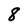
Character: 8